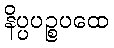
နိပ္ပပဉ္စပထေ